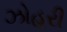
ઝોહરી